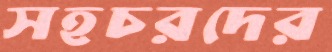
সহচরদের